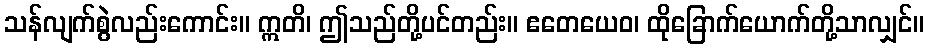
သန်လျက်စွဲလည်းကောင်း။ ဣတိ၊ ဤသည်တို့ပင်တည်း။ ဧတေယေဝ၊ ထိုခြောက်ယောက်တို့သာလျှင်။